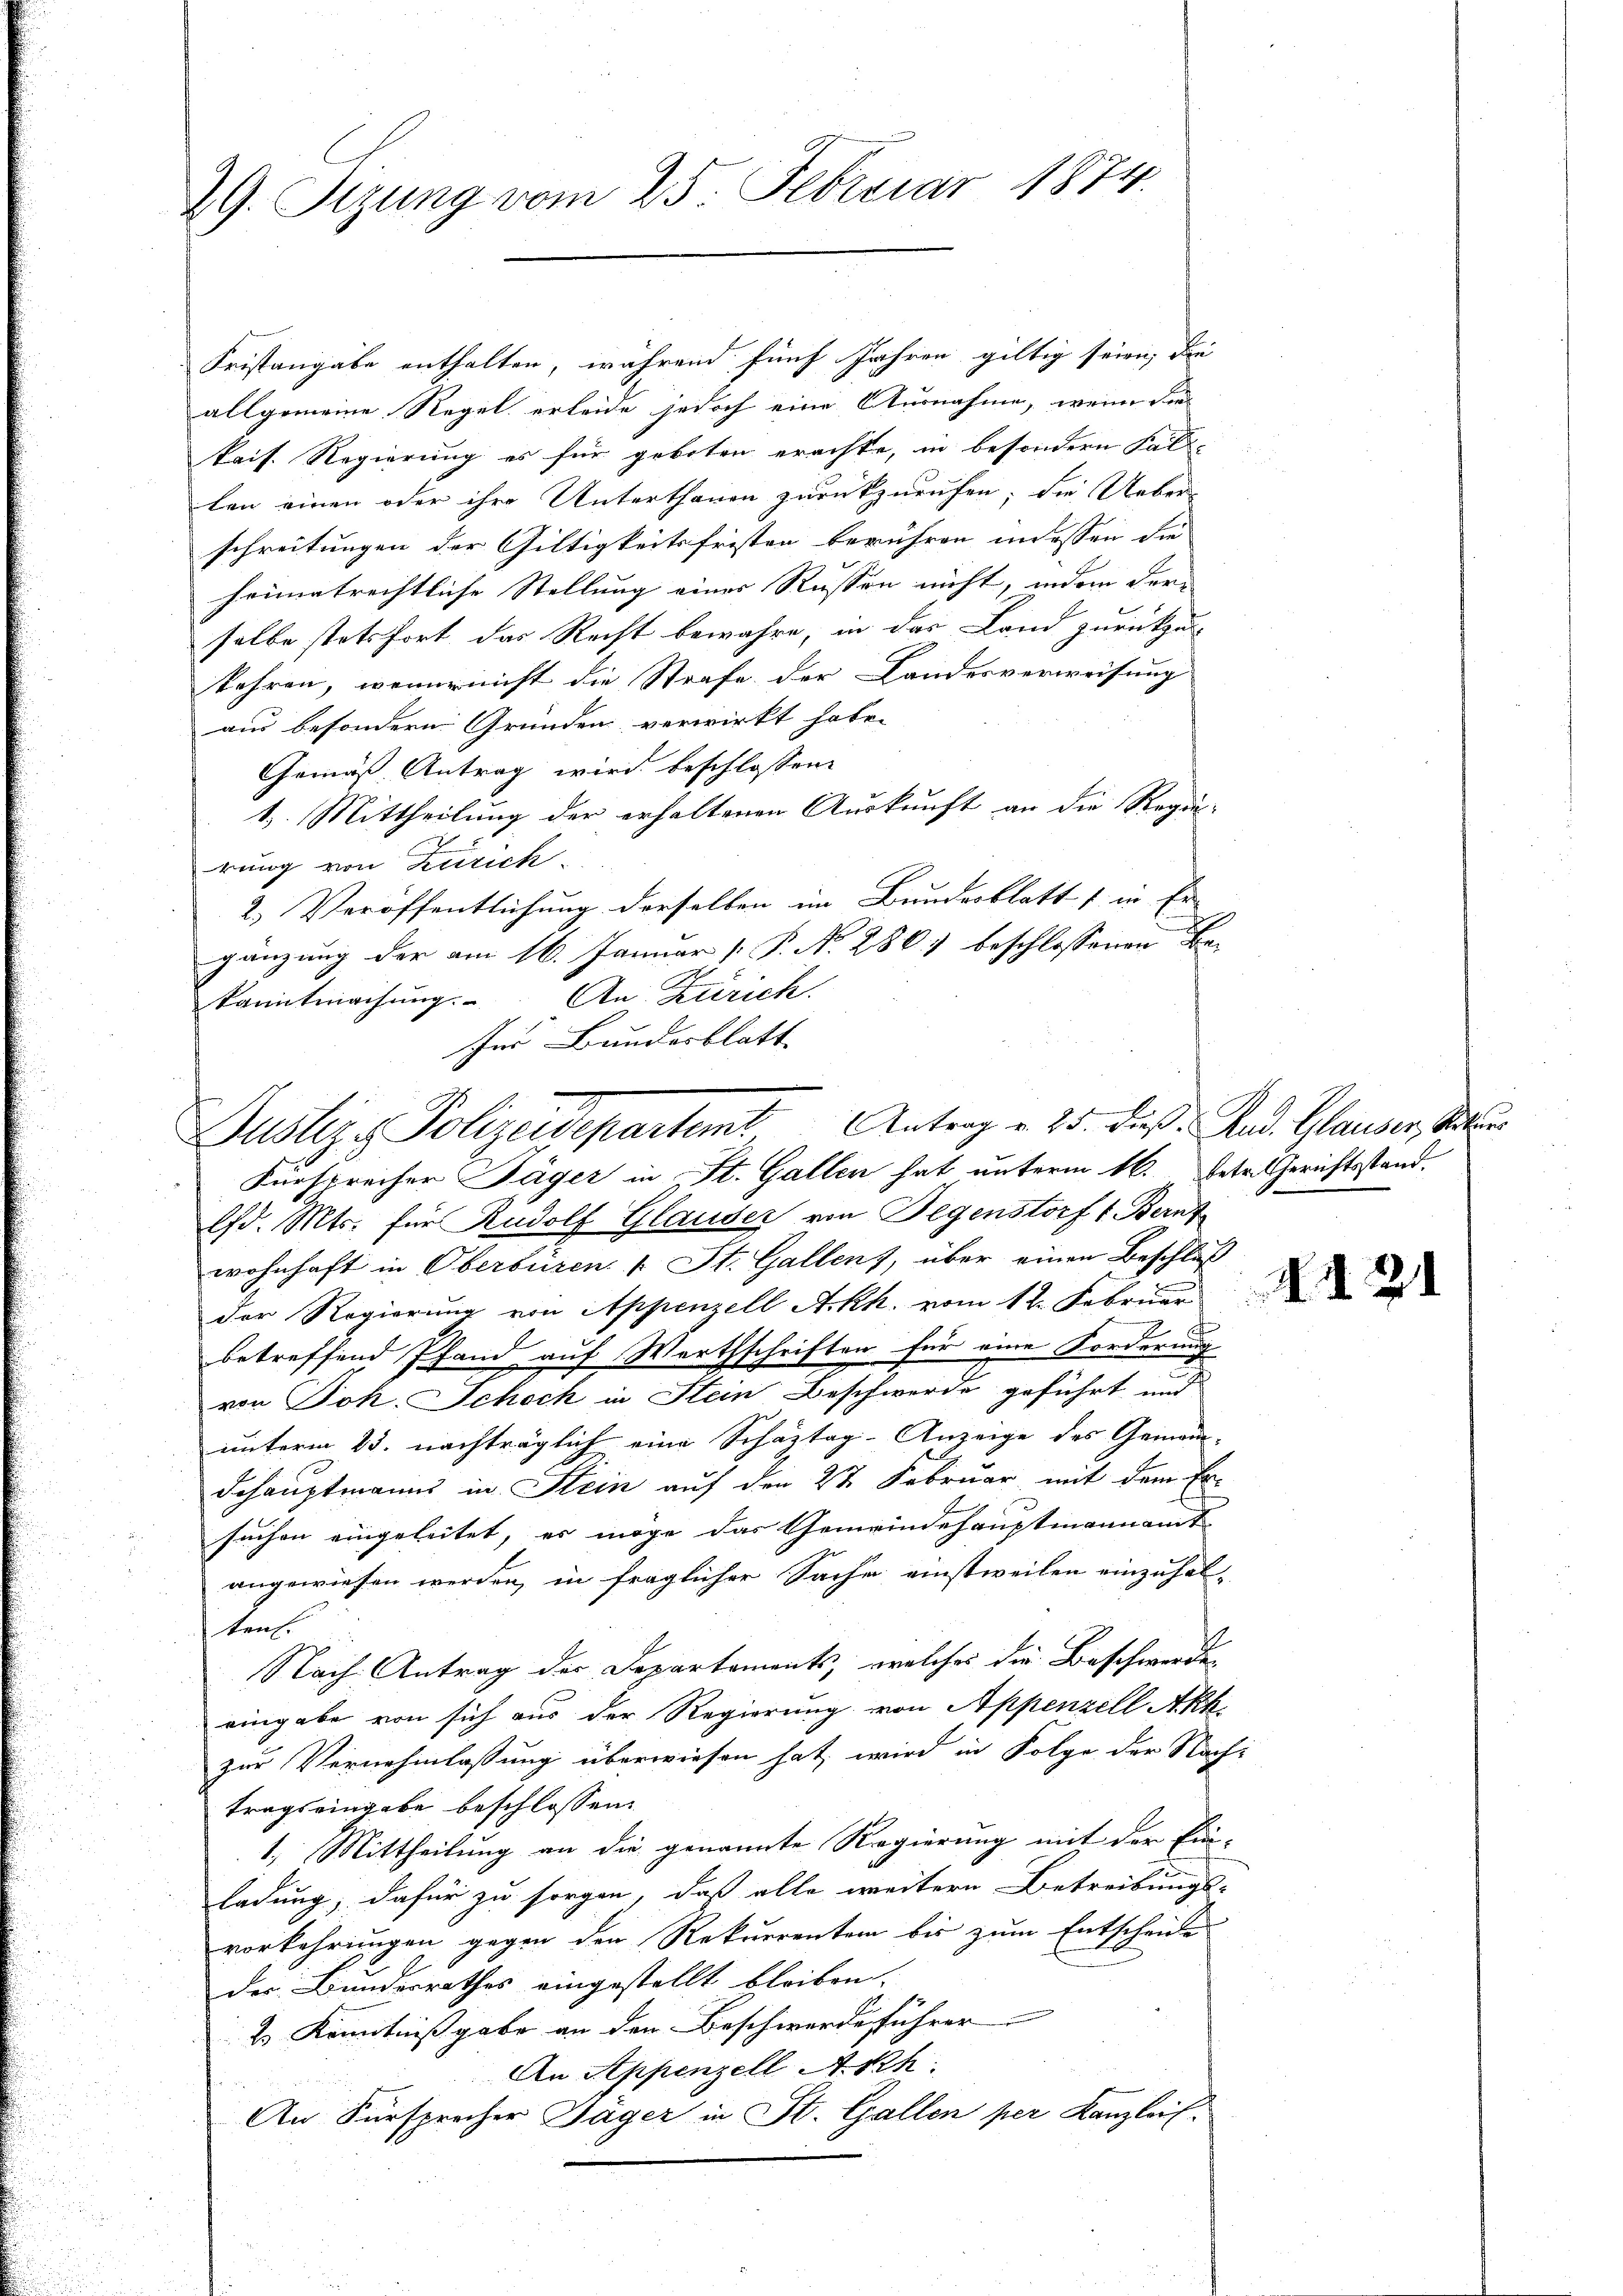
29. Sizung vom 25. Februar 1874.

Fristangabe enthalten, während fünf Jahren giltig seien, die
allgemeine Regel erleide jedoch eine Ausnahme, wenn die
kais. Regierung es für geboten erachte, in besondern Fal-
len einen oder ihre Unterthanen zurückzurufen; die Ueber
schreitungen der Gültigkeitsfristen berühren indessen die
heimatrechtliche Stellung eines Russen nicht, indem der
selbe stetsfort, das Recht bewahre, in das Land zurückzu-
kehren, wenn nicht die Strafe der Landesverweisung
aus besondern Gründen, verwirkt habe.
Gemäß Antrag wird beschlossen:
1.. Mittheilung der erhaltenen Auskunft an die Regierung von Zürich
2. Veröffentlichung derselben im Bundesblatts in Er-
gänzung der am 16. Januar [ P. N. 280) beschlossenen Bekanntmachŭng. An Zürich.
Ins Bundesblatt

Justiz & Polizeidepartemt Antrag u. 25. dieß. And. Glauber, Mauer
Fürsprecher Jäger in St. Gallen hat unterm 16. Jetr. Gerichtsstand.

Ed. Mts. für Rudolf Glauder von Gegenstorf 1. Bernt
wohnhaft in Oberbüren 1 St. Gallen, über einen Beschluß
der Regierung von Appenzell Akk. vom 12. Februar
betreffend Pfand auf Werthschriften für eine Forderung
von Joh. Schoch in Stein Beschwerde geführt und
unterm 23. nachträglich eine Schaztag-Anzeige des Gemeindehauptmanns in Stein auf den 2t Februar mit dem Ersuchen eingeleitet, es möge das Gemeindehauptmannamt
angewiesen werden, in fraglicher Sache einstweilen einzuhalten.
Nach Antrag der Departements, welches die Beschwerden
eingabe von sich aus der Regierung von Appenzell Akk.
zur Vernehmlassung überwiesen hat, wird in Folge der Nach-
tragseingabe beschlossen:
1.) Mittheilung an die genannte Regierung mit der Einladung, dafür zu sorgen, daß alle weitere Betreibungs-
vorkehrungen gegen den Rekurrenten bis zum Entscheide
der Bundesrathes eingestellt bleiben.
2 Kenntniß gabe an den Beschwerde führer |
An Appenzell Akch:
An Fürsprecher Jäger in St. Gallen per Kanzleif